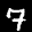
Label: 7